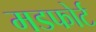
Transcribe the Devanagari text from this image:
मडफोर्ट